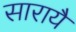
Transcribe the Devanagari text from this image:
सारायै